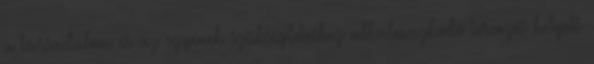
a társadalom és az egyének szükségleteihez alkalmazkodó tervezés helyett